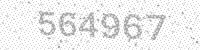
Solution: 564967